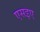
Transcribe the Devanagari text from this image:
एसइए